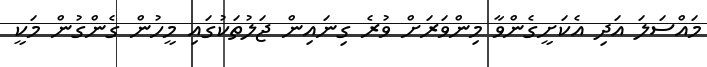
މައްސަލަ އަދި އެކަށީގެންވާ މިންވަރަށް ވުރެ ގިނައިން ޖަލުތަކުގައި މީހުން ގެންގުން މަކީ